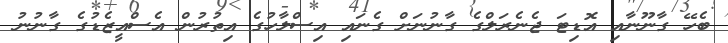
ބެހޭ ގާނޫނާއި އޮޑިޓަ ޖެނެރަލްގެ ގާނުނަށް ގެނައި އިސްލާހުގެ އިތުުރުން އެސްއީޒެޑުގެ ގާނުނު